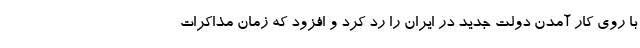
با روی کار آمدن دولت جدید در ایران را رد کرد و افزود که زمان مذاکرات